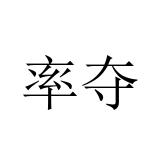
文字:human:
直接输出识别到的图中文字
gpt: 率夺